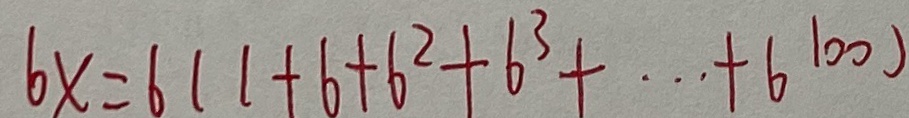
6 x = 6 ( 1 + 6 + 6 ^ { 2 } + 6 ^ { 3 } + \cdots + 6 ^ { 1 0 0 } )